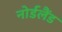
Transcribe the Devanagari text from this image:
नोर्डलैंड